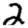
Digit: 2